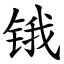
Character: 锇